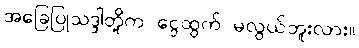
အခြေပြုသဒ္ဒါတို့က ငွေထွက် မလွယ်ဘူးလား။